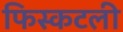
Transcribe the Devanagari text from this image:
फिस्कटली